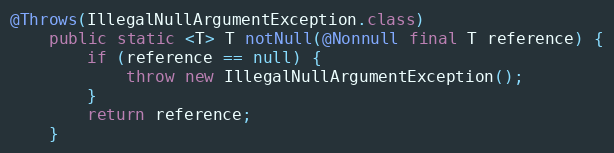
Language: Java
@Throws(IllegalNullArgumentException.class)
	public static <T> T notNull(@Nonnull final T reference) {
		if (reference == null) {
			throw new IllegalNullArgumentException();
		}
		return reference;
	}